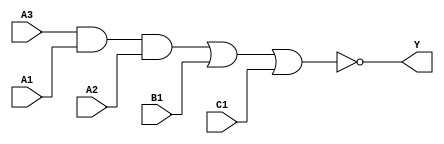
module sky130_fd_sc_lp__a311oi (
    Y ,
    A1,
    A2,
    A3,
    B1,
    C1
);
    output Y ;
    input  A1;
    input  A2;
    input  A3;
    input  B1;
    input  C1;
    wire and0_out  ;
    wire nor0_out_Y;
    and and0 (and0_out  , A3, A1, A2      );
    nor nor0 (nor0_out_Y, and0_out, B1, C1);
    buf buf0 (Y         , nor0_out_Y      );
endmodule